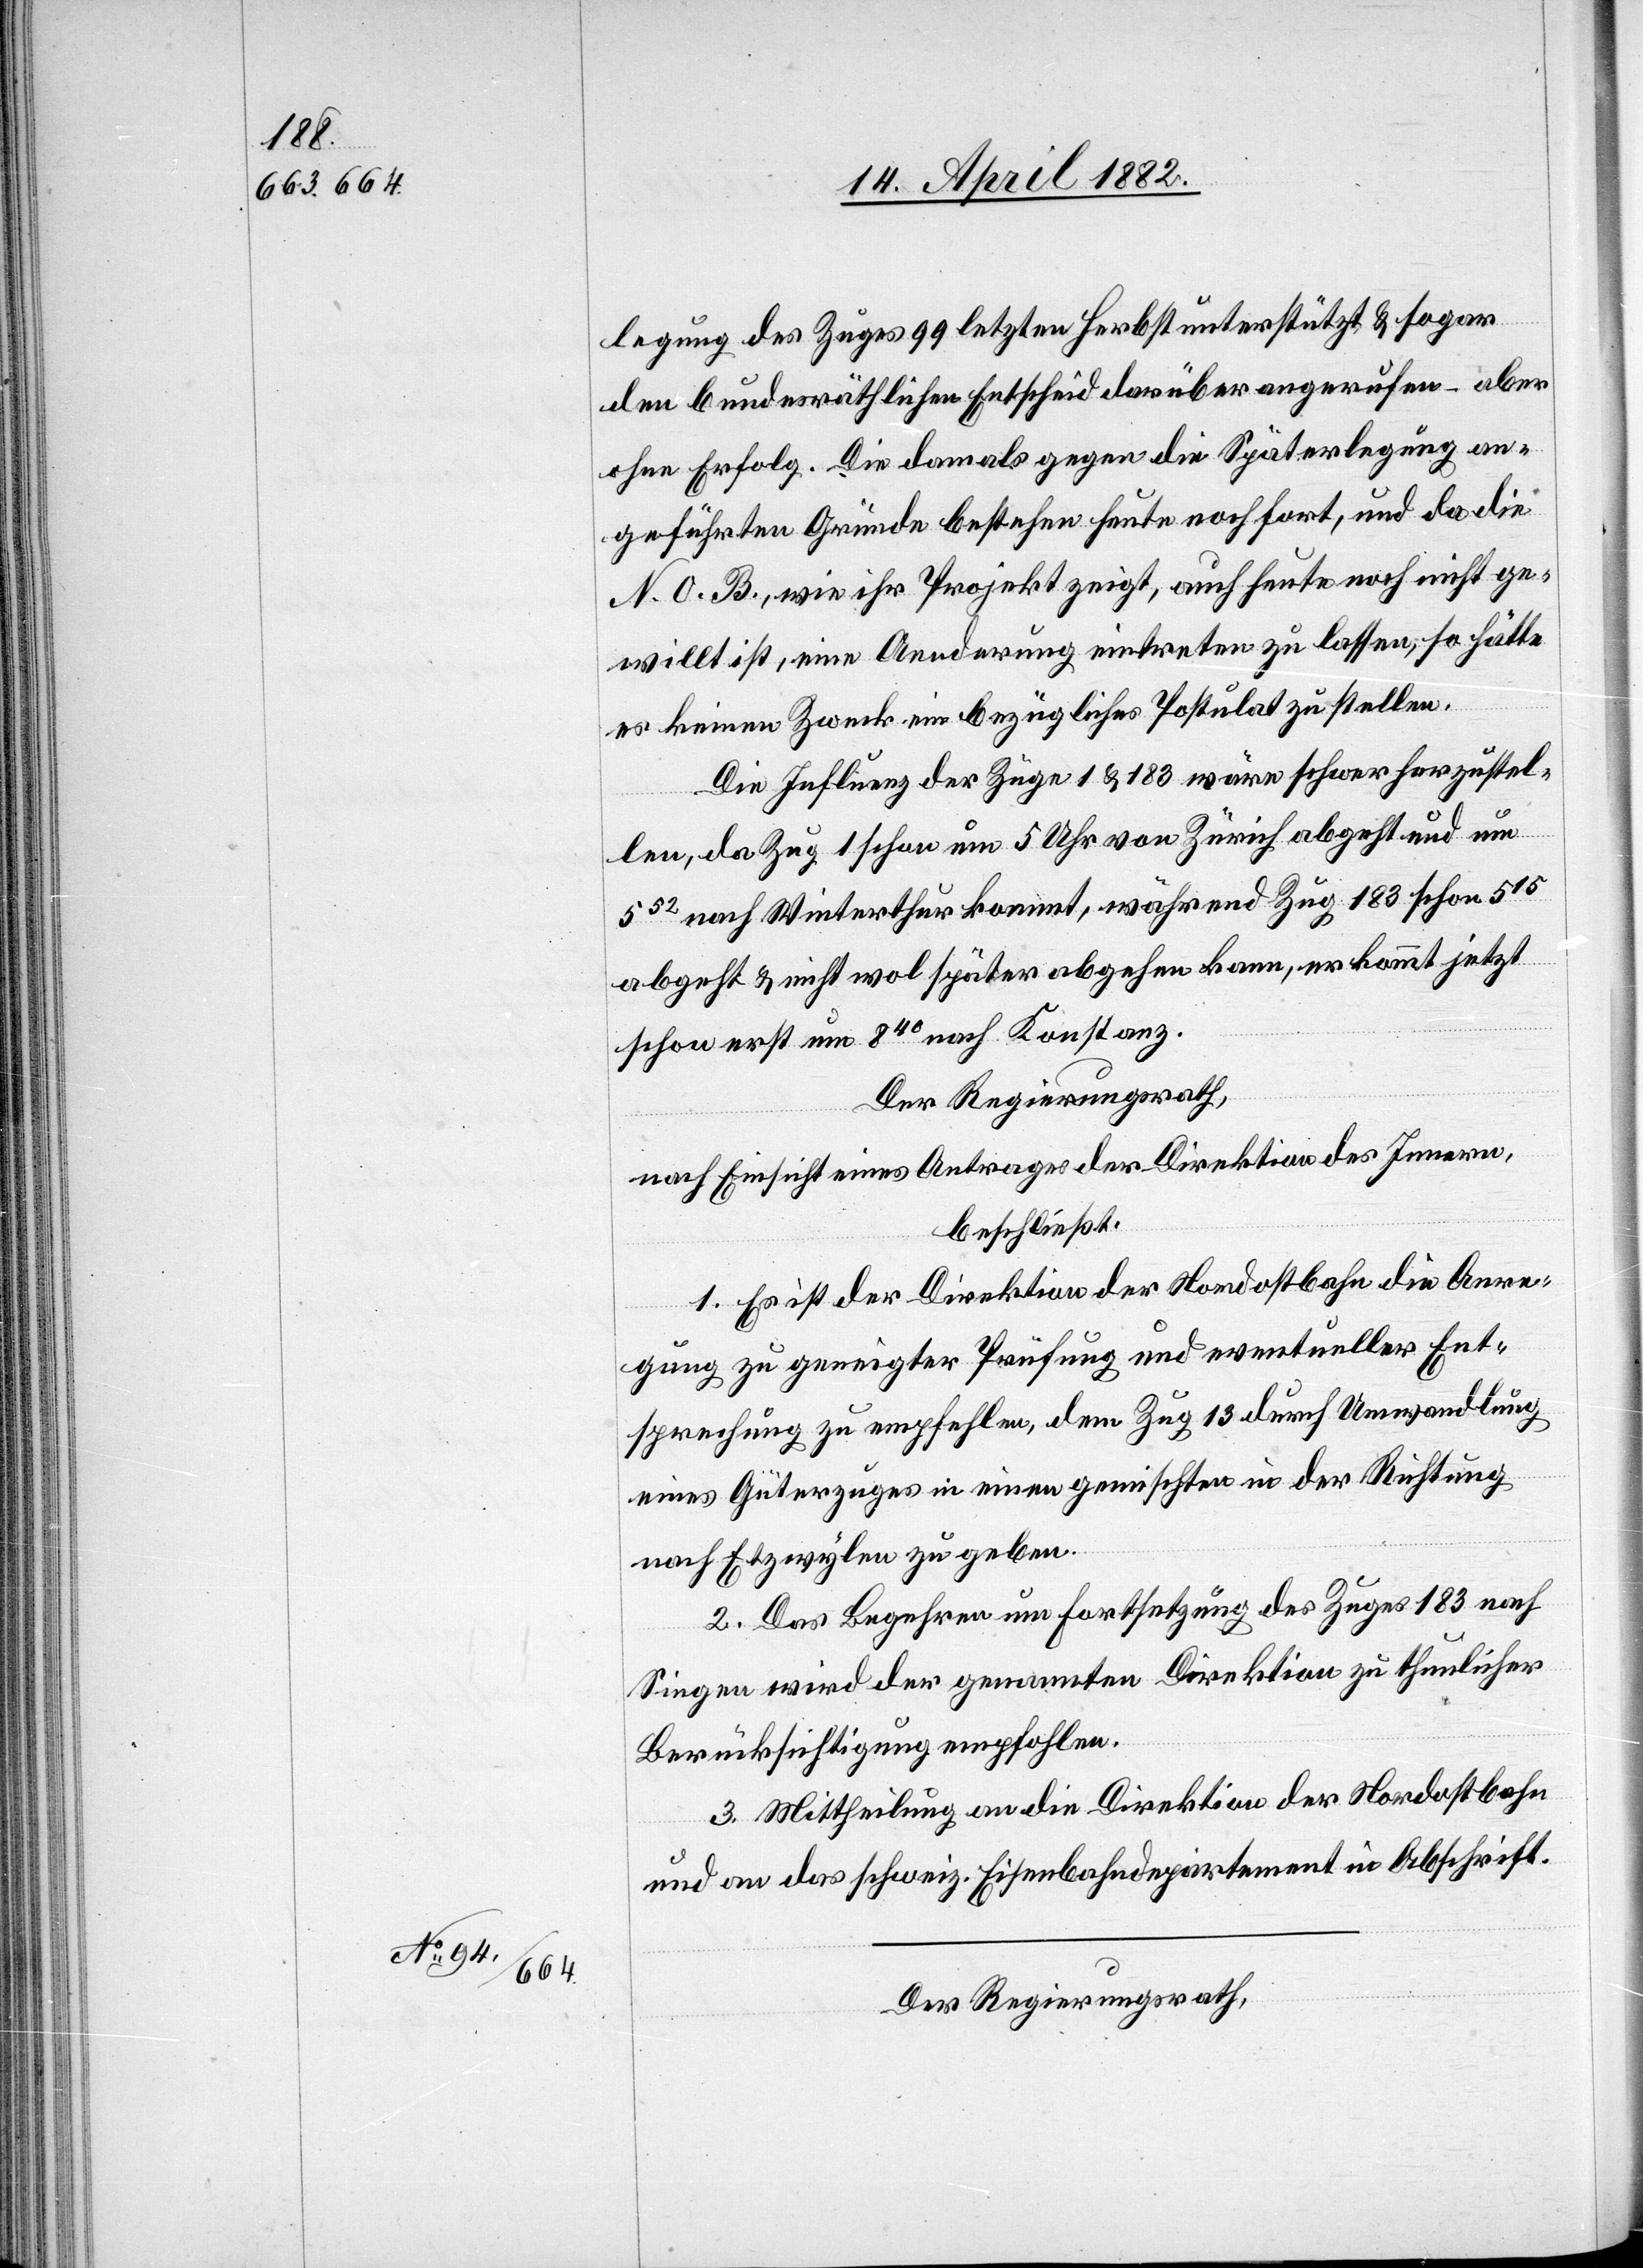
legung des Zuges 99 letzten Herbst unterstützt & sogar
den bundesräthlichen Entscheid darüber angerufen – aber
ohne Erfolg. Die damals gegen die Späterlegung an¬
geführten Gründe bestehen heute noch fort, und da die
N. O. B., wie ihr Projekt zeigt, auch heute noch nicht ge¬
willt ist, eine Aenderung eintreten zu lassen, so hätte
es keinen Zweck ein bezügliches Postulat zu stellen.
Die Influenz der Züge 1 & 183 wäre schwer herzustel¬
len, da Zug 1 schon um 5 Uhr von Zürich abgeht und um
552 nach Winterthur kommt, während Zug 183 schon 515
abgeht & nicht wol später abgehen kann, er kommt jetzt
schon erst um 840 nach Konstanz.
Der Regierungsrath,
nach Einsicht eines Antrages der Direktion des Innern,
beschließt:
1. Es ist der Direktion der Nordostbahn die Anre¬
gung zu geneigter Prüfung und eventueller Ent¬
sprechung zu empfehlen, dem Zug 13 durch Umwandlung
eines Güterzuges in einen gemischten in der Richtung
nach Etzwylen zu geben.
2. Das Begehren um Fortsetzung des Zuges 183 nach
Singen wird der genannten Direktion zu thunlicher
Berücksichtigung empfohlen.
3. Mittheilung an die Direktion der Nordostbahn
und an das schweiz. Eisenbahndepartement in Abschrift.
Der Regierungsrath,